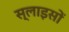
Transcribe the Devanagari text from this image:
स्लाइसों